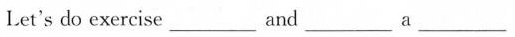
Let's do exercise____and____ a